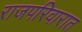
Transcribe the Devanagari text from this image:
राजपरिवारात